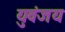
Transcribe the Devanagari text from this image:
युवंजय